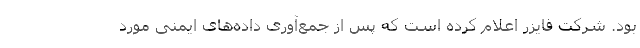
بود. شرکت فایزر اعلام کرده است که پس از جمع‌آوری داده‌های ایمنی مورد